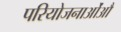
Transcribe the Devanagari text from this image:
परियोजनाओंऔ